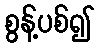
စွန့်ပစ်၍